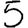
Digit: 5